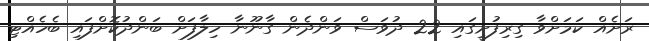
ރަށެއް ކަމަށްވާ ގިރިފުށީގައި 22 ދުވަސް ވަންދެން ގާނޫނާ ހިލާފަށް ބަންދުކޮށްފައި ބެހެއްޓި